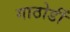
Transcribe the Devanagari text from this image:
गाठोडीं